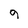
Character: 9